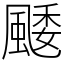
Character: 䬐